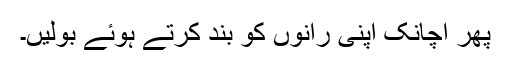
پھر اچانک اپنی رانوں کو بند کرتے ہوئے بولیں۔